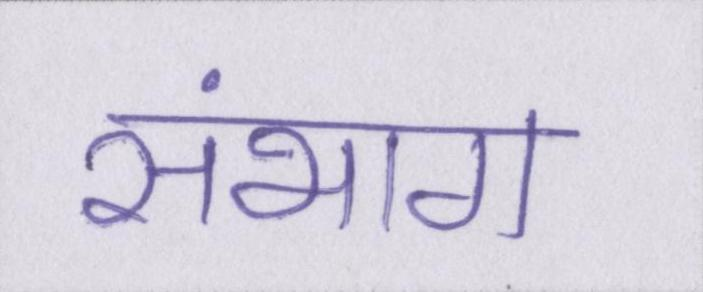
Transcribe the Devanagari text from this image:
संभाग